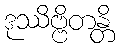
ဒုဿိဗ္ဗိတန္တိ